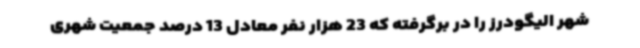
شهر الیگودرز را در برگرفته که 23 هزار نفر معادل 13 درصد جمعیت شهری